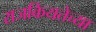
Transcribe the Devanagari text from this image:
राजकियतेच्या